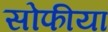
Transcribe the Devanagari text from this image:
सोफीया